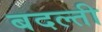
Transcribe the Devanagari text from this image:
बदल्ती